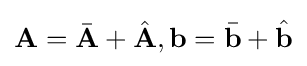
\mathbf {A} ={\bar {\mathbf {A} }}+{\hat {\mathbf {A} }},\mathbf {b} ={\bar {\mathbf {b} }}+{\hat {\mathbf {b} }}